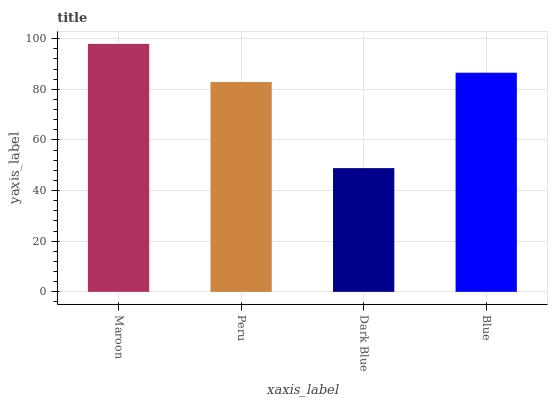
| xaxis_label | bars |
 | --- | --- |
 | Maroon | 97.9 |
 | Peru | 82.9 |
 | Dark Blue | 48.9 |
 | Blue | 86.6 |